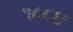
૧૮૮૪